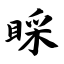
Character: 睬